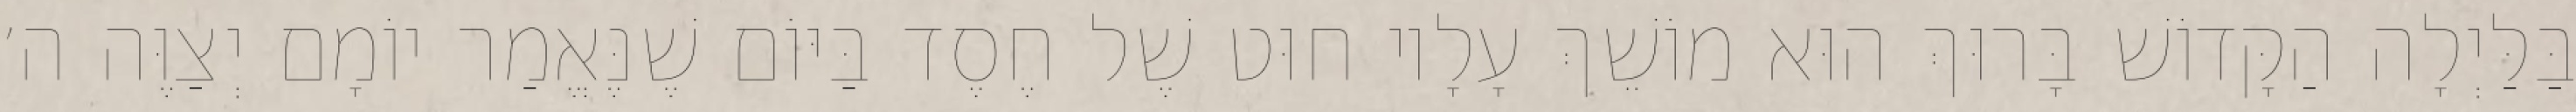
בַּלַּיְלָה הַקָּדוֹשׁ בָּרוּךְ הוּא מוֹשֵׁךְ עָלָיו חוּט שֶׁל חֶסֶד בַּיּוֹם שֶׁנֶּאֱמַר יוֹמָם יְצַוֶּה ה׳